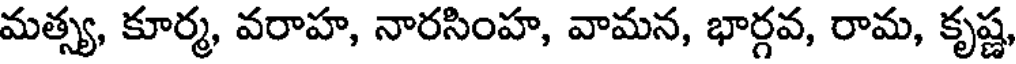
మత్స్య, కూర్మ, వరాహ, నారసింహ, వామన, భార్గవ, రామ, కృష్ణ,